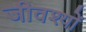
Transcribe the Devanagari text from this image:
जीवश्यों